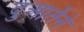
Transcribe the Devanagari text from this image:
दुआर्तेने